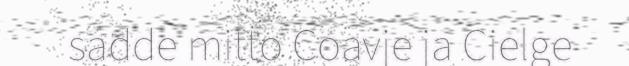
sadde mitto Coavje ja Cielge